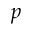
p